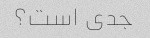
جدی است؟